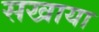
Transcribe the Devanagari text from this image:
सखाया